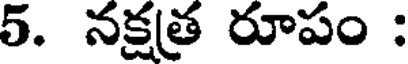
5. నక్షత్ర రూపం :